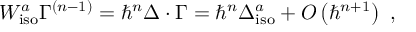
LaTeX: W _ { \mathrm { i s o } } ^ { a } \Gamma ^ { \left( n - 1 \right) } = \hbar ^ { n } \Delta \cdot \Gamma = \hbar ^ { n } \Delta _ { \mathrm { i s o } } ^ { a } + O \left( \hbar ^ { n + 1 } \right) \, \, ,